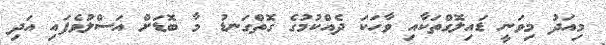
މިއަދު މިވަނީ ޑައިލޮގްތަކާއި ވާހަކަ ދެއްކުމުގެ ގޮތްގަނޑު މާ ބޮޑަށް އަސްލުވެފައި އަދި